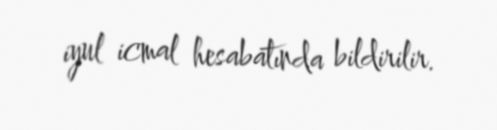
iyul icmal hesabatında bildirilir.